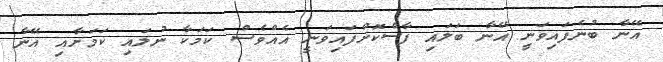
އޭނާ ބުނެފައިވަނީ އޭނާ ބަލައި ފާސްކޮށްފައިވަނީ އެއްވެސް ކަމަކާ ނުލައި ކަމަށާއި އޭނާ